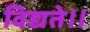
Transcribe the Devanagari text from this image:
विद्यते॥